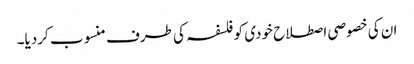
ان کی خصوصی اصطلاح خودی کو فلسفہ کی طرف منسوب کردیا۔